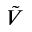
\Tilde { V }